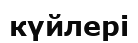
күйлері